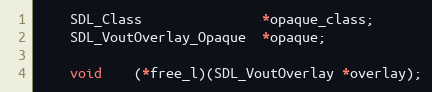
Language: C
    SDL_Class               *opaque_class;
    SDL_VoutOverlay_Opaque  *opaque;

    void    (*free_l)(SDL_VoutOverlay *overlay);